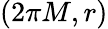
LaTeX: (2\pi M,r)